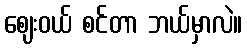
ဈေးဝယ် စင်တာ ဘယ်မှာလဲ။